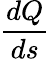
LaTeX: \frac{dQ}{ds}